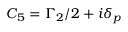
{ C _ { 5 } } = { \Gamma _ { 2 } } / 2 + i { \delta _ { p } }